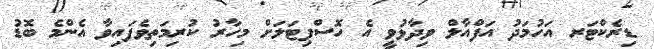
ޑިރެކްޓަރ އަހުމަދު އަފްއާލް ވިދާޅުވީ އެ ހޮސްޕިޓަލަށް މިހާރު ކުރިމަތިވެފައިވާ އެންމެ ބޮޑު